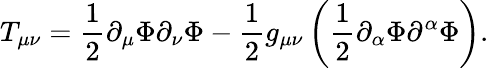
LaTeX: T_{\mu\nu}=\frac{1}{2}\partial_{\mu}\Phi\partial_{\nu}\Phi-\frac{1}{2}g_{\mu\nu}\left(\frac{1}{2}\partial_{\alpha}\Phi\partial^{\alpha}\Phi\right).